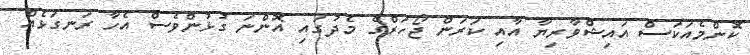
ކޮންމެއަކަސް އައިޝްވާރިޔާ އާއި ކަރަން ޖޯހަރްގެ މެދުގައި އޮންނަ ގުޅުންވެސް އެހާ ރަނގަޅެއް